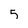
Character: 5